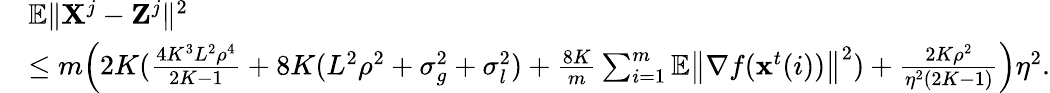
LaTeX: \begin{array}{rl}&{\mathbb{E}\| {\mathbf X}^{j}-{\mathbf Z}^{j}\| ^{2}}\\ &{\leq m\Big(2K(\frac{4K^{3}L^{2}\rho^{4}}{2K-1}+8K(L^{2}\rho^{2}+\sigma_{g}^{2}+\sigma_{l}^{2})+\frac{8K}{m}\sum_{i=1}^{m}\mathbb{E}\left\| \nabla f(\mathbf{x}^{t}(i))\right\| ^{2})+\frac{2K\rho^{2}}{\eta^{2}(2K-1)}\Big)\eta^{2}.}\end{array}